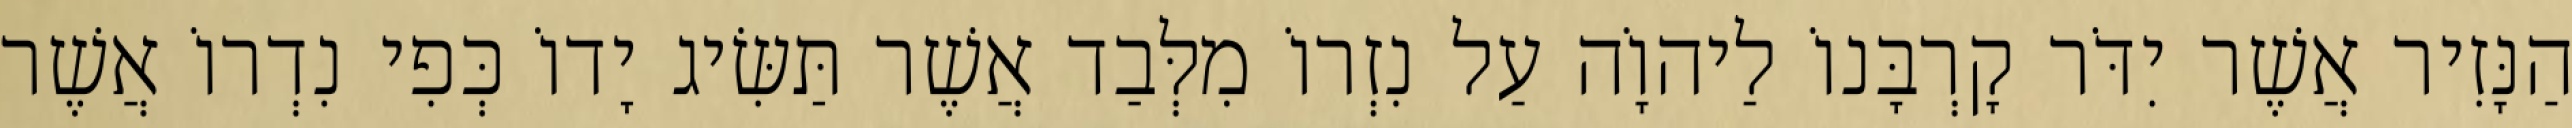
הַנָּזִיר אֲשֶׁר יִדֹּר קָרְבָּנוֹ לַיהוָֹה עַל נִזְרוֹ מִלְּבַד אֲשֶׁר תַּשִּׂיג יָדוֹ כְּפִי נִדְרוֹ אֲשֶׁר